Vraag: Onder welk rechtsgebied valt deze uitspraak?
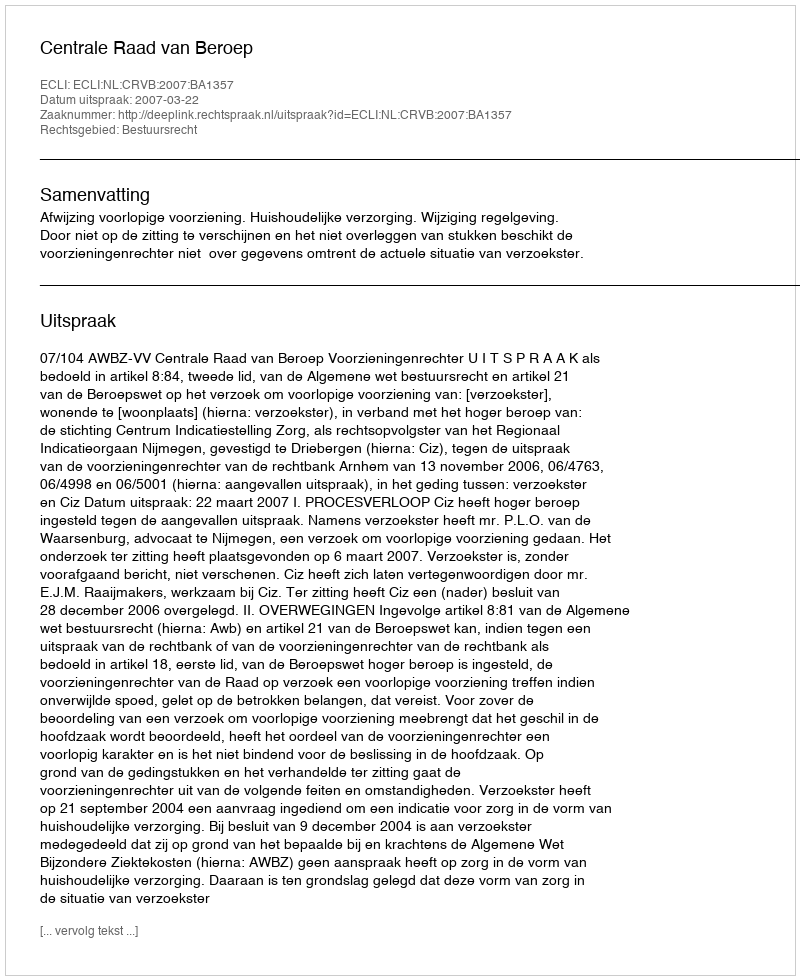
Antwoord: Bestuursrecht